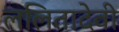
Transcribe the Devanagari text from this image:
ललितादेवी